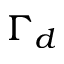
\Gamma _ { d }